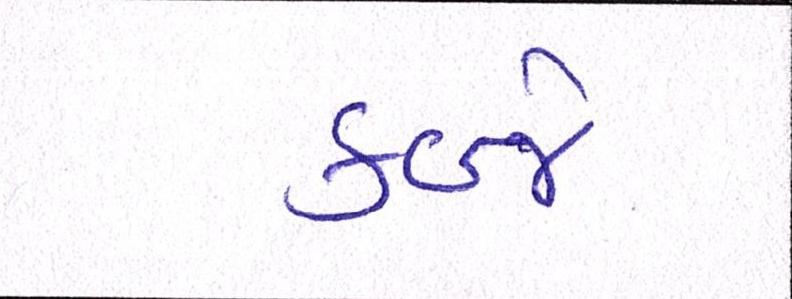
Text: કબ્જે